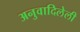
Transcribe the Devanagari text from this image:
अनुवादिलेली